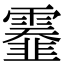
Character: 𩆅